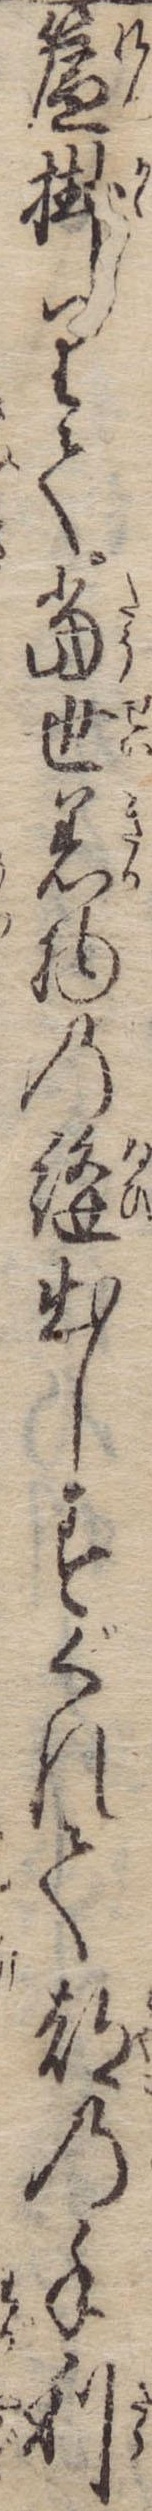
簾掛りて当世着物の縫出しすぐれて都の手利